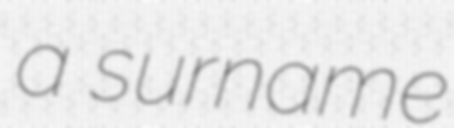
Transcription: a surname